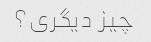
چیز دیگری؟